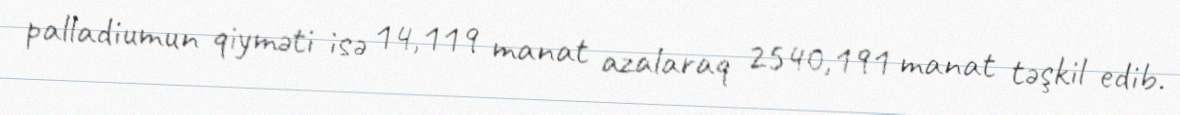
palladiumun qiyməti isə 14,119 manat azalaraq 2540,191 manat təşkil edib.